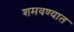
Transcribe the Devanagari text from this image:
शमवण्यात